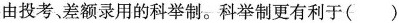
由投考差额录用的科举制。科举制更有利于( )